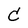
Character: C